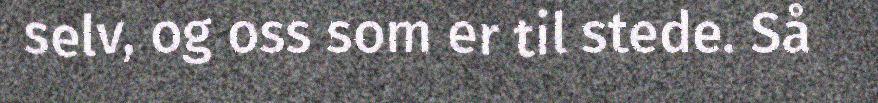
selv, og oss som er til stede. Så